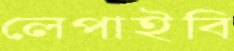
লেপাইবি